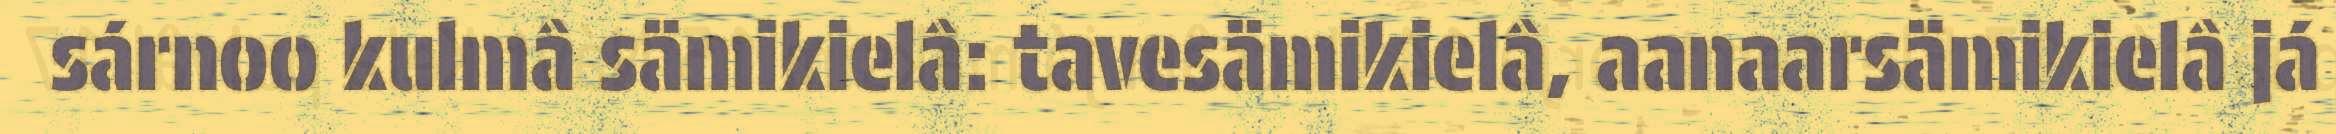
sárnoo kulmâ sämikielâ: tavesämikielâ, aanaarsämikielâ já